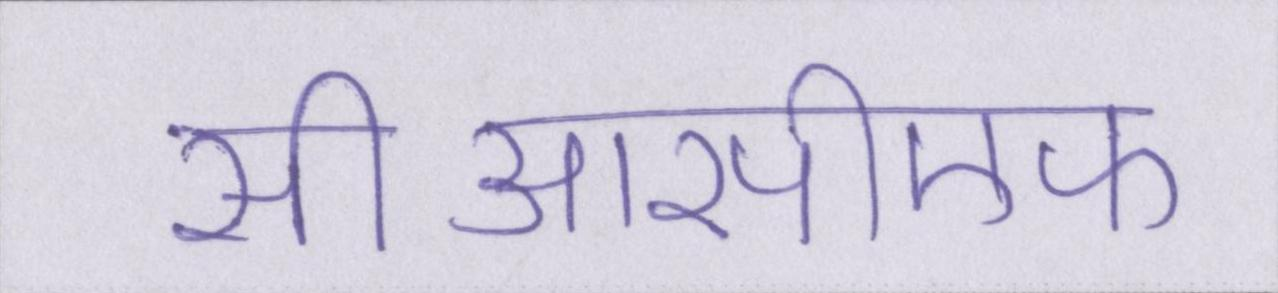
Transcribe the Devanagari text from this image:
सीआरपीएफ